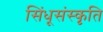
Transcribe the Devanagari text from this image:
सिंधूसंस्कृति